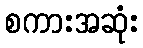
စကားအဆုံး